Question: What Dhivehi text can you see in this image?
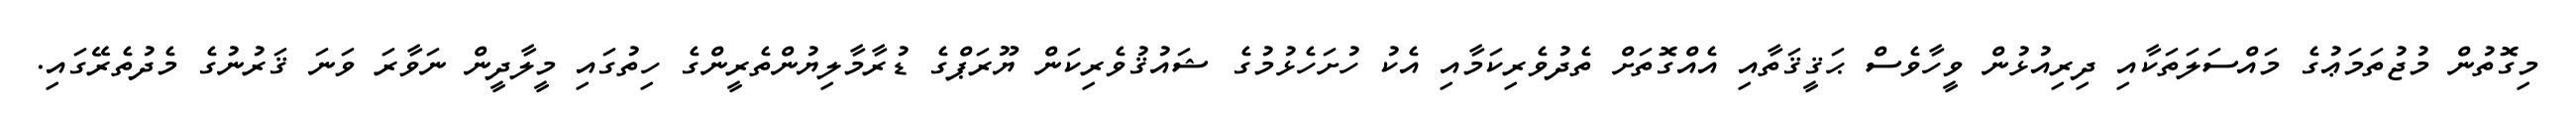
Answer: މިގޮތުން މުޖުތަމަޢުގެ މައްސަލަތަކާއި ދިރިއުޅުން ވީހާވެސް ޙަޤީޤަތާއި އެއްގޮތަށް ތެދުވެރިކަމާއި އެކު ހުށަހެޅުމުގެ ޝައުޤުވެރިކަން ޔޫރަޕްގެ ޑުރާމާލިޔުންތެރީންގެ ހިތުގައި މީލާދީން ނަވާރަ ވަނަ ޤަރުނުގެ މެދުތެރޭގައި.